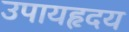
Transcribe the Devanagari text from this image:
उपायहृदय